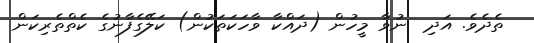
ތެެދެވެ. އަދި  ނުވާ މީހުން (ދައްކާ ވާހަކަތަކުން) ކަލޭގެފާނުގެ ކެތްތެރިކަން